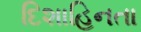
દિશાહિનતા